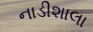
નાડીશાલા